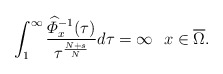
\begin{align*} \int_{1}^{\infty} \dfrac{\widehat{\varPhi}_{x}^{-1}(\tau)}{\tau^{\frac{N+s}{N}}}d\tau=\infty ~~x\in \overline{\Omega}. \end{align*}